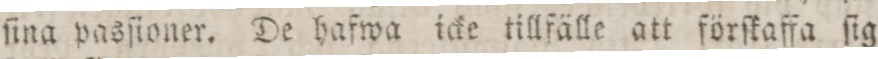
ſina pasſioner. De hafwa icke tillfälle att förſkaffa ſig